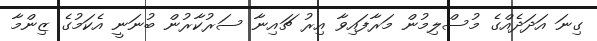
ގިނަ އަދަދެއްގެ މުސްލިމުން މަރާފައިވާ އިރު ޗައިނާ ސަރުކާރުން ބުނަނީ އެކަމުގެ ޒިންމާ